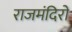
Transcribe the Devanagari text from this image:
राजमंदिरों